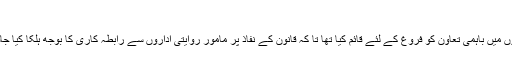
نیکٹا کا معاملہ
نیشنل کانٹر ٹیررازم اتھارٹی کا ریاست کے اداروں میں باہمی تعاون کو فروغ کے لئے قائم کیا تھا تا کہ قانون کے نفاذ پر مامور روایتی اداروں سے رابطہ کاری کا بوجھ ہلکا کیا جاسکے اور ان کی کارکردگی کو فعال بنایا جائے ۔